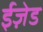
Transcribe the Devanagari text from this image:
ईज़ेड